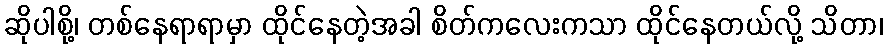
ဆိုပါစို့၊ တစ်နေရာရာမှာ ထိုင်နေတဲ့အခါ စိတ်ကလေးကသာ ထိုင်နေတယ်လို့ သိတာ၊